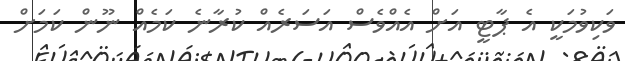
ވަކިވުމަކީ އެ ޕާޓީ އަށް އެއްވެސް އަސަރެއް ކުރާނެ ކަމެއް ނޫން ކަމަށް